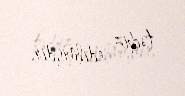
təchiz edilmişdir.